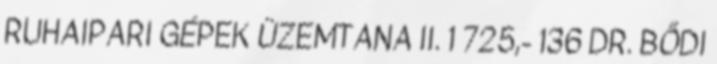
RUHAIPARI GÉPEK ÜZEMTANA II. 1 725,- 136 DR. BŐDI